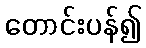
တောင်းပန်၍